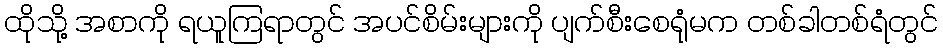
ထိုသို့ အစာကို ရယူကြရာတွင် အပင်စိမ်းများကို ပျက်စီးစေရုံမက တစ်ခါတစ်ရံတွင်